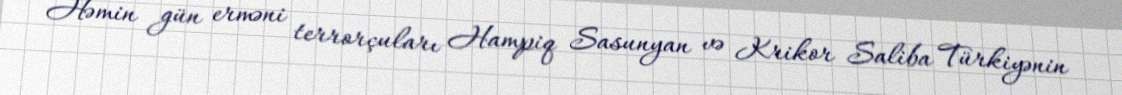
Həmin gün erməni terrorçuları Hampiq Sasunyan və Krikor Saliba Türkiyənin